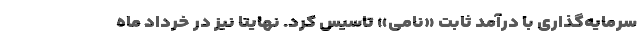
سرمایه‌گذاری با درآمد ثابت «نامی» تاسیس کرد. نهایتا نیز در خرداد ماه